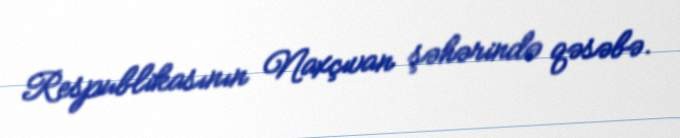
Respublikasının Naxçıvan şəhərində qəsəbə.